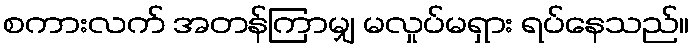
စကားလက် အတန်ကြာမျှ မလှုပ်မရှား ရပ်နေသည်။